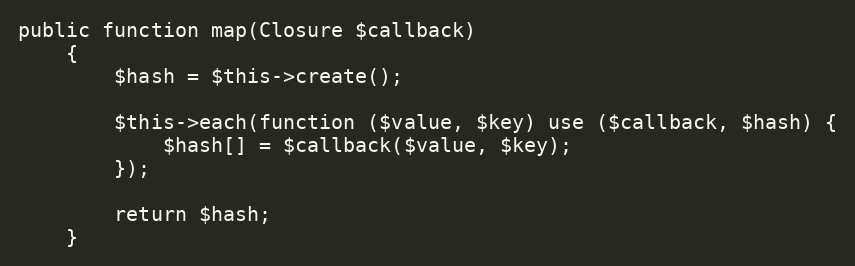
Language: PHP
public function map(Closure $callback)
    {
        $hash = $this->create();

        $this->each(function ($value, $key) use ($callback, $hash) {
            $hash[] = $callback($value, $key);
        });

        return $hash;
    }